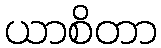
ယာစိတာ